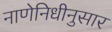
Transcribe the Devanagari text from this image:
नाणेनिधीनुसार